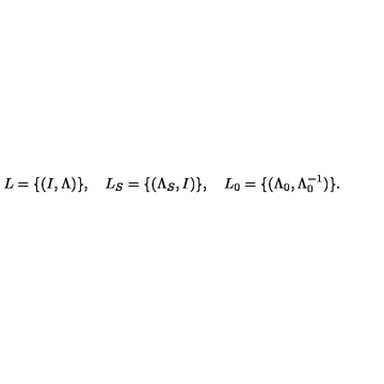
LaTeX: L = \{ ( I , \Lambda ) \} , \quad L _ { S } = \{ ( \Lambda _ { S } , I ) \} , \quad L _ { 0 } = \{ ( \Lambda _ { 0 } , \Lambda _ { 0 } ^ { - 1 } ) \} .